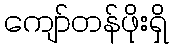
ကျော်တန်ဖိုးရှိ